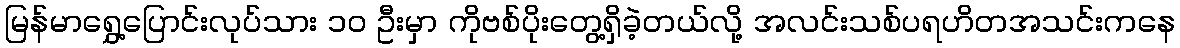
မြန်မာရွှေ့ပြောင်းလုပ်သား ၁၀ ဦးမှာ ကိုဗစ်ပိုးတွေ့ရှိခဲ့တယ်လို့ အလင်းသစ်ပရဟိတအသင်းကနေ